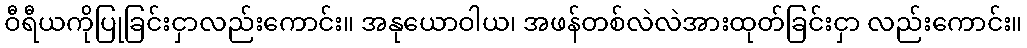
ဝီရီယကိုပြုခြင်းငှာလည်းကောင်း။ အနုယောဝါယ၊ အဖန်တစ်လဲလဲအားထုတ်ခြင်းငှာ လည်းကောင်း။